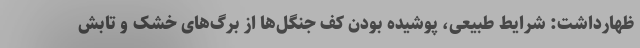
ظهارداشت: شرایط طبیعی، پوشیده بودن کف جنگل‌ها از برگ‌های خشک و تابش